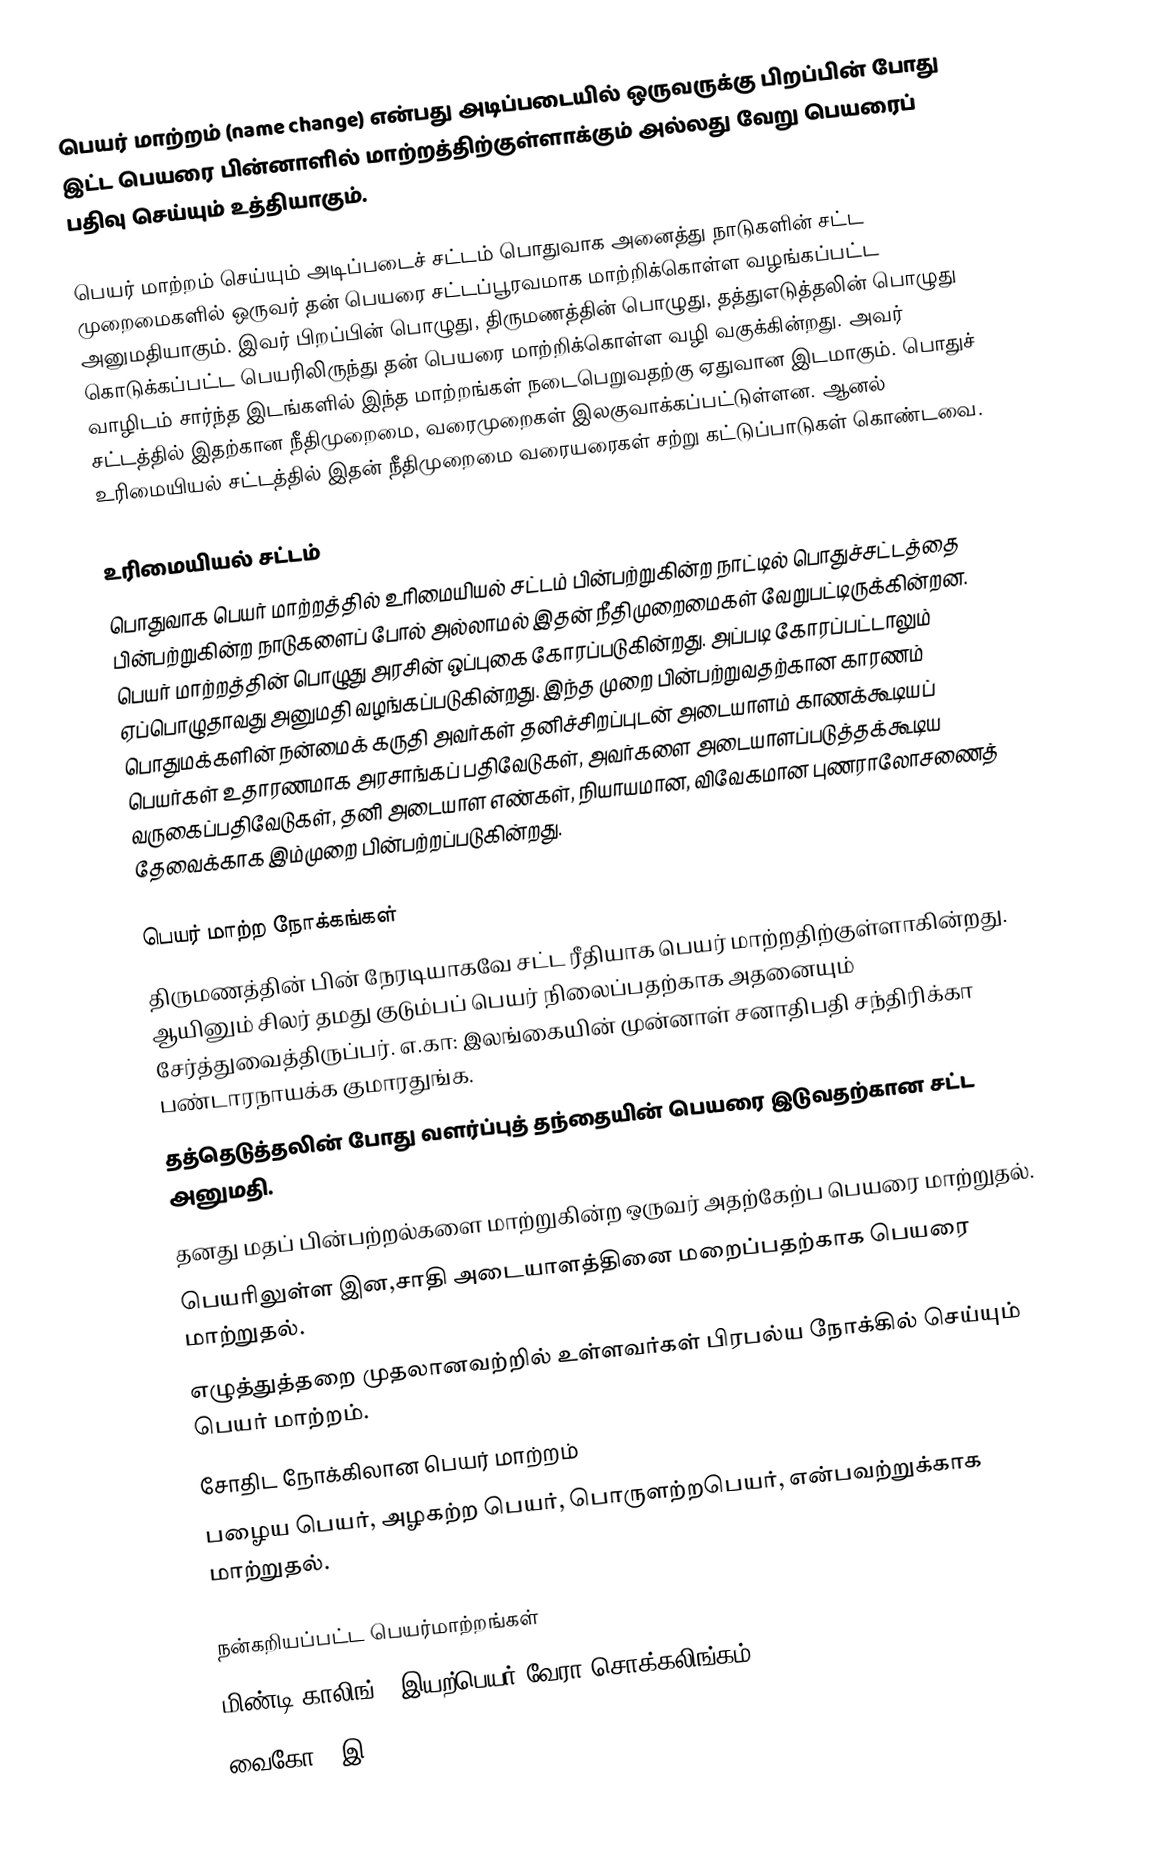
பெயர் மாற்றம் (name change) என்பது அடிப்படையில் ஒருவருக்கு பிறப்பின் போது இட்ட பெயரை பின்னாளில் மாற்றத்திற்குள்ளாக்கும் அல்லது வேறு பெயரைப் பதிவு செய்யும் உத்தியாகும்.

பெயர் மாற்றம் செய்யும் அடிப்படைச் சட்டம் பொதுவாக அனைத்து நாடுகளின் சட்ட முறைமைகளில் ஒருவர் தன் பெயரை சட்டப்பூரவமாக மாற்றிக்கொள்ள வழங்கப்பட்ட அனுமதியாகும். இவர் பிறப்பின் பொழுது, திருமணத்தின் பொழுது,  தத்துஎடுத்தலின் பொழுது கொடுக்கப்பட்ட பெயரிலிருந்து தன் பெயரை மாற்றிக்கொள்ள வழி வகுக்கின்றது. அவர் வாழிடம் சார்ந்த இடங்களில் இந்த மாற்றங்கள் நடைபெறுவதற்கு ஏதுவான இடமாகும். பொதுச் சட்டத்தில் இதற்கான நீதிமுறைமை, வரைமுறைகள் இலகுவாக்கப்பட்டுள்ளன. ஆனல் உரிமையியல் சட்டத்தில் இதன் நீதிமுறைமை வரையரைகள் சற்று கட்டுப்பாடுகள் கொண்டவை.

உரிமையியல் சட்டம்
பொதுவாக பெயர் மாற்றத்தில் உரிமையியல் சட்டம் பின்பற்றுகின்ற நாட்டில் பொதுச்சட்டத்தை பின்பற்றுகின்ற நாடுகளைப் போல் அல்லாமல் இதன் நீதிமுறைமைகள் வேறுபட்டிருக்கின்றன. பெயர் மாற்றத்தின் பொழுது அரசின் ஒப்புகை கோரப்படுகின்றது. அப்படி கோரப்பட்டாலும் ஏப்பொழுதாவது அனுமதி வழங்கப்படுகின்றது. இந்த முறை பின்பற்றுவதற்கான காரணம் பொதுமக்களின் நன்மைக் கருதி அவர்கள் தனிச்சிறப்புடன் அடையாளம் காணக்கூடியப் பெயர்கள் உதாரணமாக அரசாங்கப் பதிவேடுகள், அவர்களை அடையாளப்படுத்தக்கூடிய வருகைப்பதிவேடுகள், தனி அடையாள எண்கள், நியாயமான, விவேகமான புணராலோசணைத் தேவைக்காக இம்முறை பின்பற்றப்படுகின்றது.

பெயர் மாற்ற நோக்கங்கள்
 திருமணத்தின் பின் நேரடியாகவே சட்ட ரீதியாக பெயர் மாற்றதிற்குள்ளாகின்றது. ஆயினும் சிலர் தமது குடும்பப் பெயர் நிலைப்பதற்காக அதனையும் சேர்த்துவைத்திருப்பர். எ.கா: இலங்கையின் முன்னாள் சனாதிபதி சந்திரிக்கா பண்டாரநாயக்க குமாரதுங்க.
 தத்தெடுத்தலின் போது வளர்ப்புத் தந்தையின் பெயரை இடுவதற்கான சட்ட அனுமதி.
 தனது மதப் பின்பற்றல்களை மாற்றுகின்ற ஒருவர் அதற்கேற்ப பெயரை மாற்றுதல்.
 பெயரிலுள்ள இன,சாதி அடையாளத்தினை மறைப்பதற்காக பெயரை மாற்றுதல்.
 எழுத்துத்தறை முதலானவற்றில் உள்ளவர்கள் பிரபல்ய நோக்கில் செய்யும் பெயர் மாற்றம்.
 சோதிட நோக்கிலான பெயர் மாற்றம்
 பழைய பெயர், அழகற்ற பெயர், பொருளற்றபெயர், என்பவற்றுக்காக மாற்றுதல்.

நன்கறியப்பட்ட பெயர்மாற்றங்கள்
 மிண்டி காலிங் - இயற்பெயர் வேரா சொக்கலிங்கம்
 வைகோ - இ